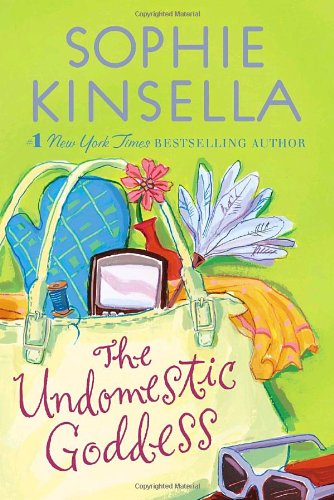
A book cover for The Undomestic Goddess; Sophie Kinsella; Literature & Fiction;